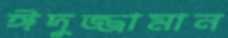
ঈদুজ্জামান